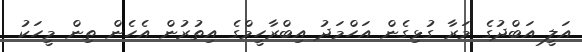
އަލީ އަބްދުގެ މަރާ ގުޅިގެން އަހްމަދު އިބްރާހީމްގެ އިތުރުން އެހެން ތިން މީހަކު